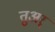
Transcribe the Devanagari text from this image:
तुअर्